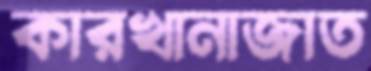
কারখানাজাত